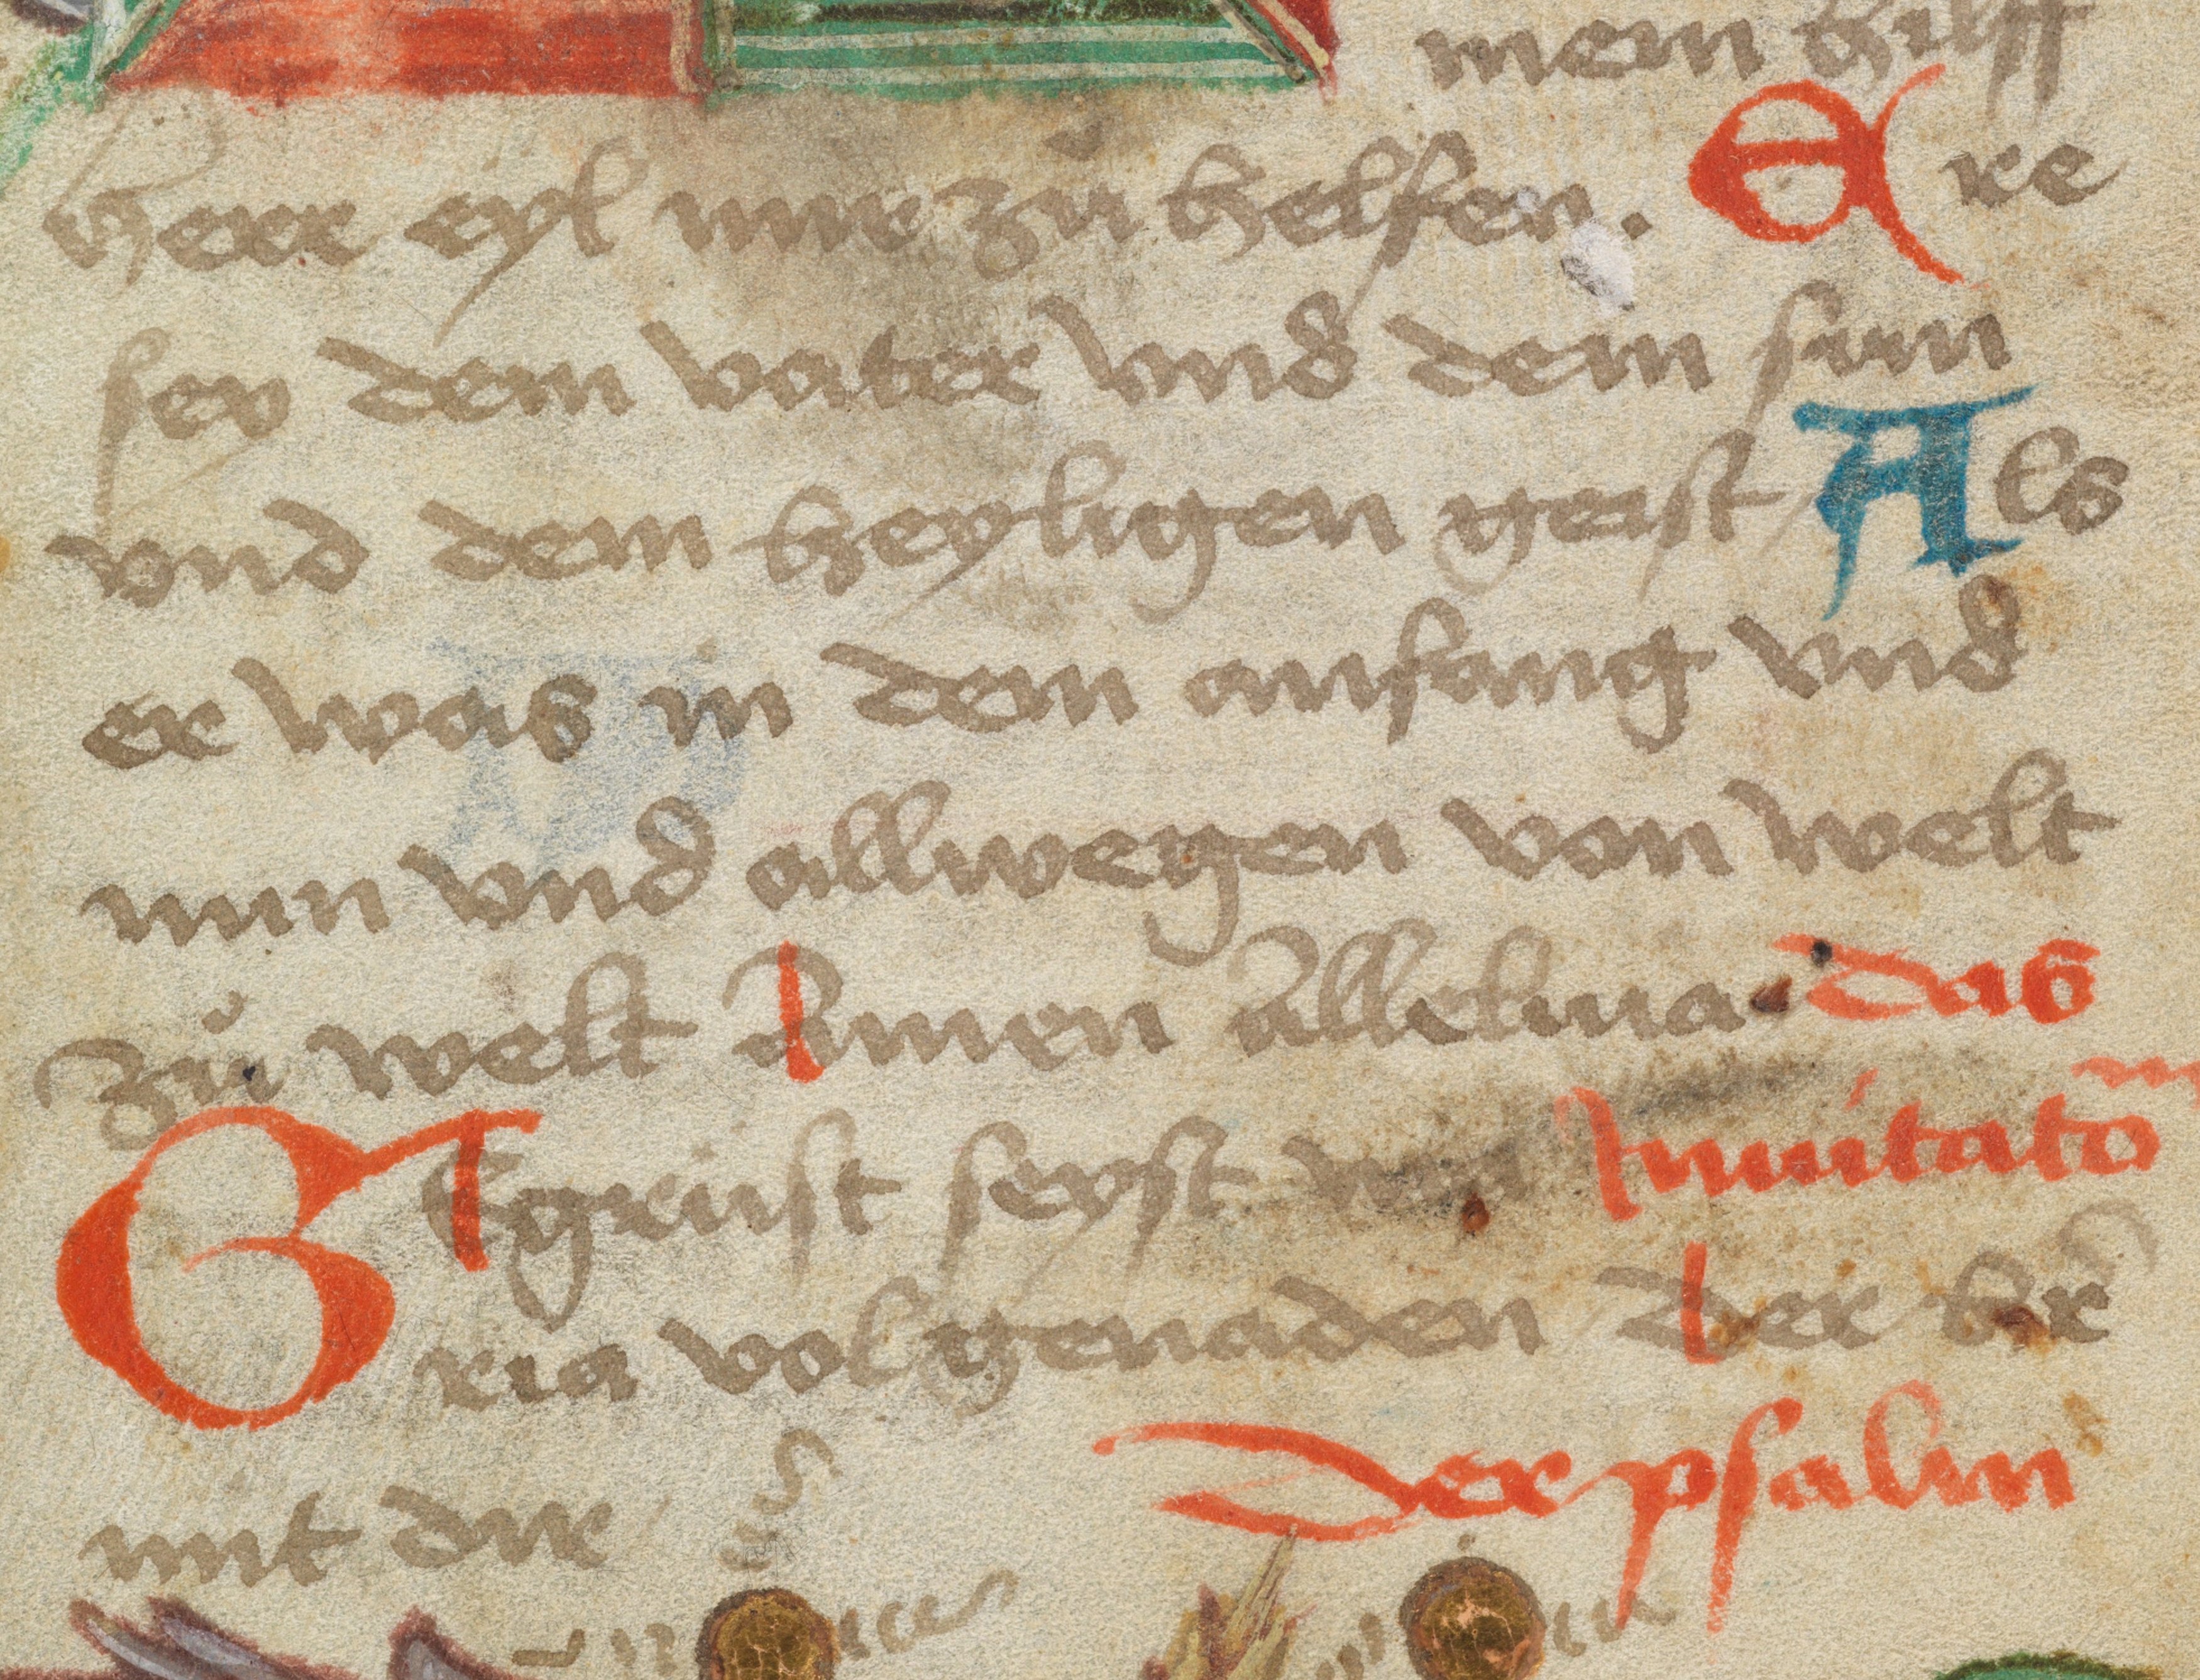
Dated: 1475–1524